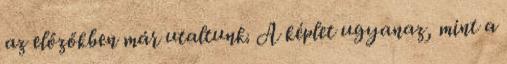
az előzőkben már utaltunk. A képlet ugyanaz, mint a